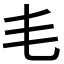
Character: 𣬛